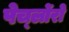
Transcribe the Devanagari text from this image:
पेर्च्लोरो